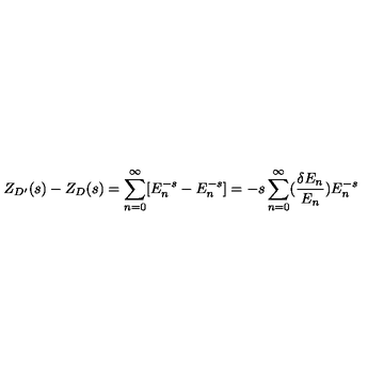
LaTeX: Z _ { D ^ { \prime } } ( s ) - Z _ { D } ( s ) = \sum _ { n = 0 } ^ { \infty } [ E _ { n } ^ { - s } - E _ { n } ^ { - s } ] = - s \sum _ { n = 0 } ^ { \infty } ( { \frac { \delta E _ { n } } { E _ { n } } } ) E _ { n } ^ { - s }